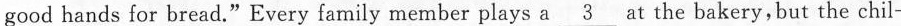
good hands for bread."Every family member plays a \underline{3} at the bakery,but the chil-